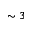
\sim 3